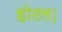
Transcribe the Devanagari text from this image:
होटल।